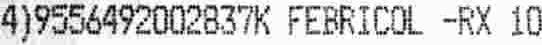
4)9556492002837K FEBRICOL -RX 10